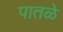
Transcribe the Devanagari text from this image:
पातळे